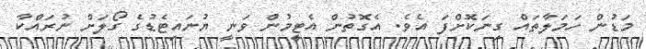
މަޑުން ހަމަލާތައް ގިނަކޮށްފަ އެވެ. އެގޮތުން އެޓީމުން ވަނީ ޔުނައިޓެޑުގެ ގޯލަށް ނުރައްކާ